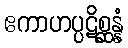
ဧကာဟပ္ပဋိစ္ဆန္နံ